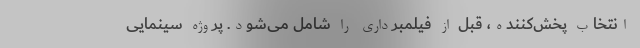
انتخاب پخش‌کننده، قبل از فیلمبرداری را شامل می‌شود. پروژه سینمایی